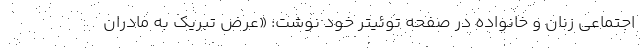
اجتماعی زنان و خانواده در صفحه توئیتر خود نوشت: «عرض تبریک به مادران